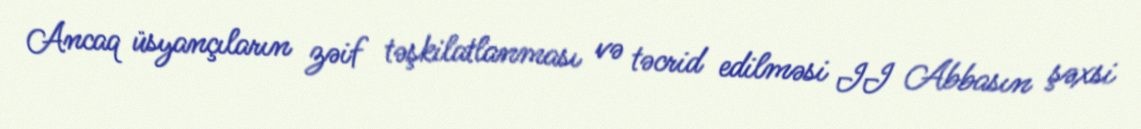
Ancaq üsyançıların zəif təşkilatlanması və təcrid edilməsi II Abbasın şəxsi